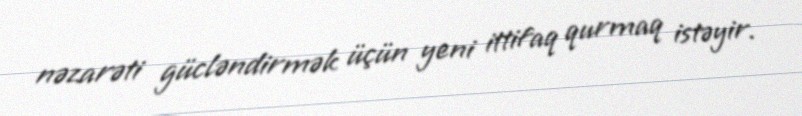
nəzarəti gücləndirmək üçün yeni ittifaq qurmaq istəyir.